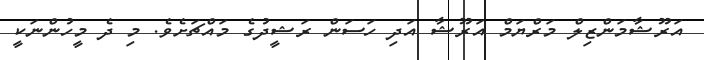
އަރޫޝާމަންޒިލް މަރްޔަމް އަރޫޝާ އަދި ހަސަން ރަޝީދުގެ މައްޗަށެވެ. މި ދެ މީހުންނަކީ